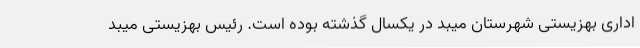
اداری بهزیستی شهرستان میبد در یکسال گذشته بوده است. رئیس بهزیستی میبد